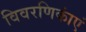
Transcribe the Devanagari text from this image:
विवरणिकांएं